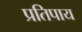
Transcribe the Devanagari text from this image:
प्रतिपाय